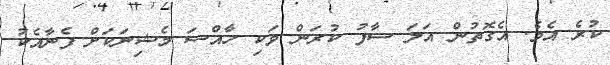
ކުރެ އެވެ. އެގޮތުން އަލަ ސާފު ކުރަން ވަކި ހާއްސަ މެޝިނަކަށް ފެނާއެކު